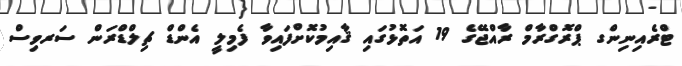
ޓްރެއިނިންގ ޕްރޮގްރާމް ރާއްޖޭގެ 19 އަތޮޅުގައި ޤާއިމުކޮށްފައިވާ ފެމިލީ އެންޑް ޗިލްޑްރަން ސަރވިސް